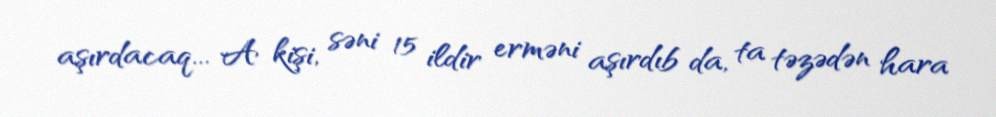
aşırdacaq... A kişi, səni 15 ildir erməni aşırdıb da, ta təzədən hara